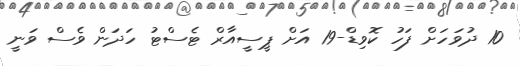
10 ދުވަހަށް ފަހު ކޮވިޑް-19 އަށް ޕީސީއާރް ޓެސްޓު ހަދަން ވެސް ވަނީ